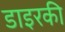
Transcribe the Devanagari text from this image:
डाइरकी